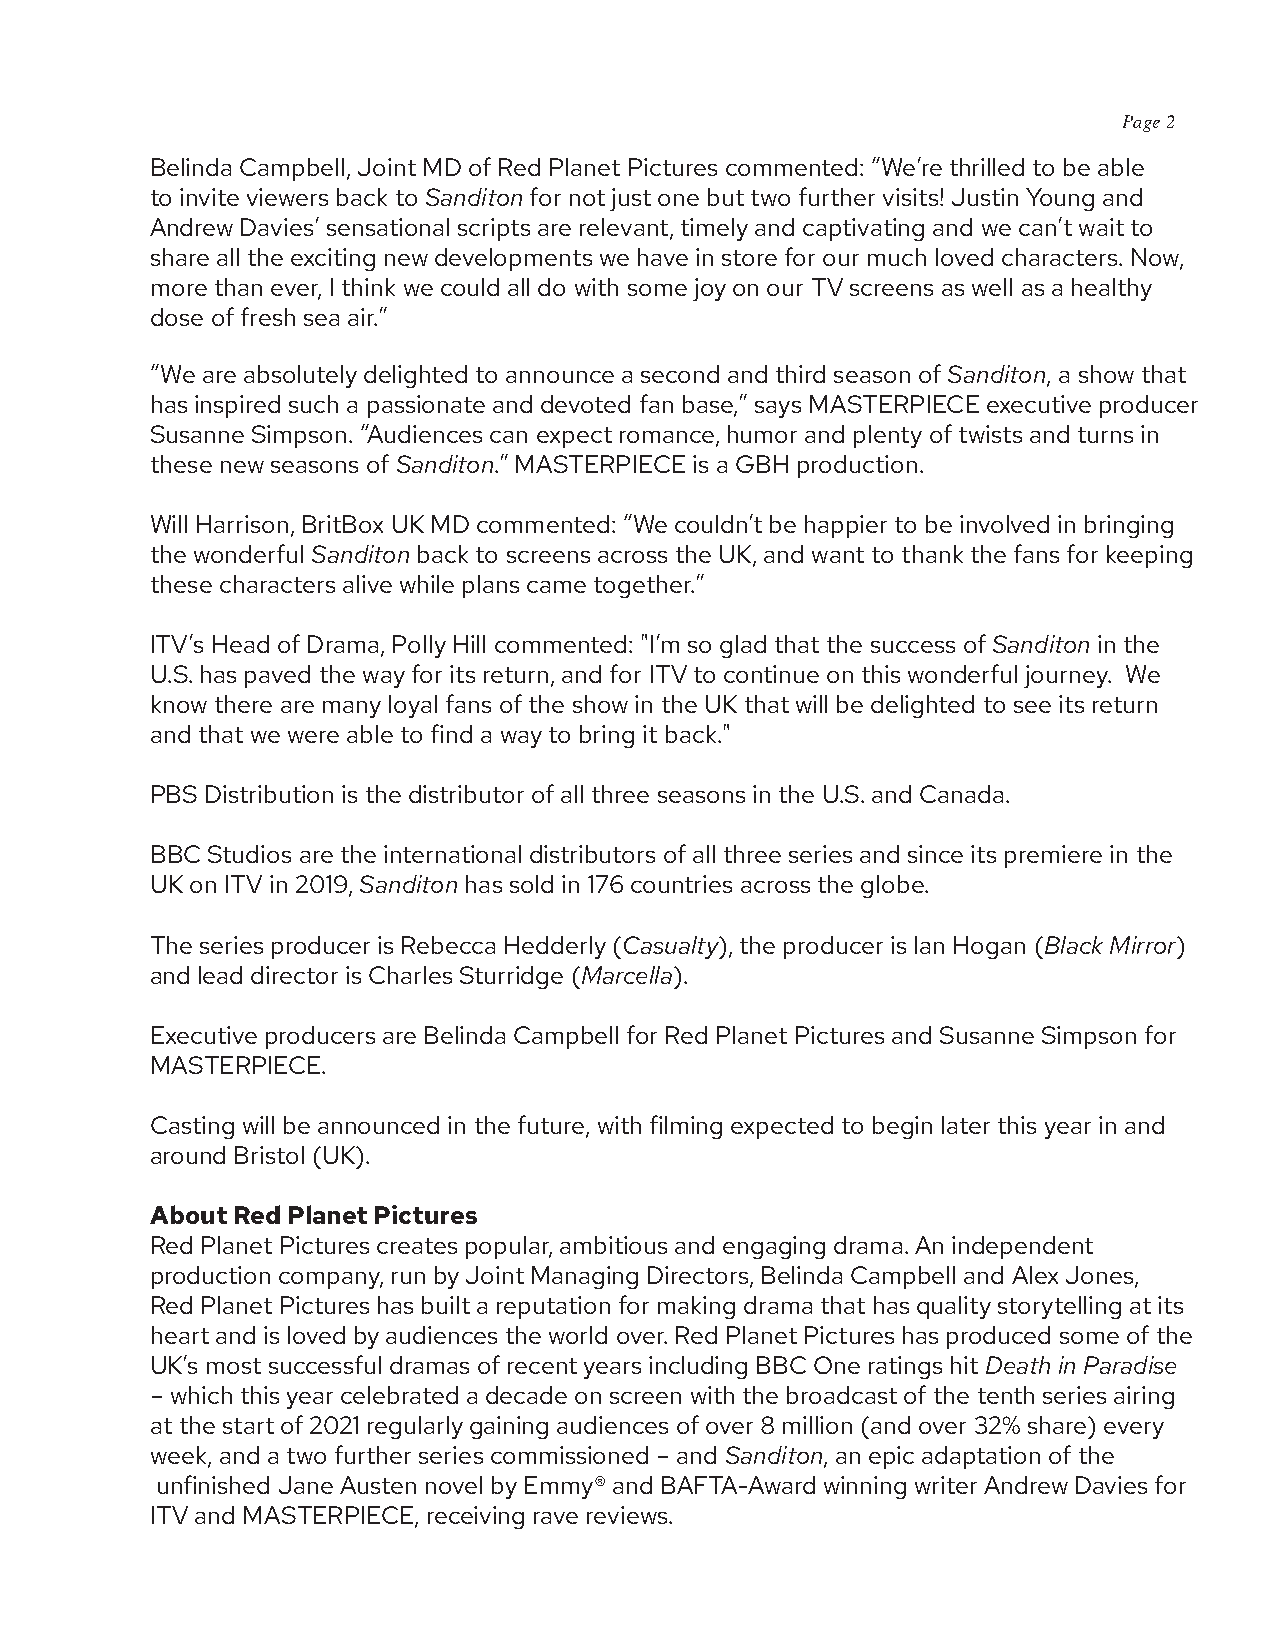
Page 2
 Belinda Campbell, Joint MD of Red Planet Pictures commented: “We’re thrilled to be able
 to invite viewers back to Sanditon for not just one but two further visits! Justin Young and
 Andrew Davies’ sensational scripts are relevant, timely and captivating and we can’t wait to
 share all the exciting new developments we have in store for our much loved characters. Now,
 more than ever, I think we could all do with some joy on our TV screens as well as a healthy
 dose of fresh sea air.”
 “We are absolutely delighted to announce a second and third season of Sanditon, a show that
 has inspired such a passionate and devoted fan base,” says MASTERPIECE executive producer
 Susanne Simpson. “Audiences can expect romance, humor and plenty of twists and turns in
 these new seasons of Sanditon.” MASTERPIECE is a GBH production.
 Will Harrison, BritBox UK MD commented: “We couldn’t be happier to be involved in bringing
 the wonderful Sanditon back to screens across the UK, and want to thank the fans for keeping
 these characters alive while plans came together.”
 ITV’s Head of Drama, Polly Hill commented: "I’m so glad that the success of Sanditon in the
 U.S. has paved the way for its return, and for ITV to continue on this wonderful journey. We
 know there are many loyal fans of the show in the UK that will be delighted to see its return
 and that we were able to find a way to bring it back."
 PBS Distribution is the distributor of all three seasons in the U.S. and Canada.
 BBC Studios are the international distributors of all three series and since its premiere in the
 UK on ITV in 2019, Sanditon has sold in 176 countries across the globe.
 The series producer is Rebecca Hedderly (Casualty), the producer is Ian Hogan (Black Mirror)
 and lead director is Charles Sturridge (Marcella).
 Executive producers are Belinda Campbell for Red Planet Pictures and Susanne Simpson for
 MASTERPIECE.
 Casting will be announced in the future, with filming expected to begin later this year in and
 around Bristol (UK).
 About Red Planet Pictures
 Red Planet Pictures creates popular, ambitious and engaging drama. An independent
 production company, run by Joint Managing Directors, Belinda Campbell and Alex Jones,
 Red Planet Pictures has built a reputation for making drama that has quality storytelling at its
 heart and is loved by audiences the world over. Red Planet Pictures has produced some of the
 UK’s most successful dramas of recent years including BBC One ratings hit Death in Paradise
 – which this year celebrated a decade on screen with the broadcast of the tenth series airing
 at the start of 2021 regularly gaining audiences of over 8 million (and over 32% share) every
 week, and a two further series commissioned – and Sanditon, an epic adaptation of the
 unfinished Jane Austen novel by Emmy® and BAFTA-Award winning writer Andrew Davies for
 ITV and MASTERPIECE, receiving rave reviews.